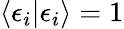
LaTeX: \langle\epsilon_{i}|\epsilon_{i}\rangle=1